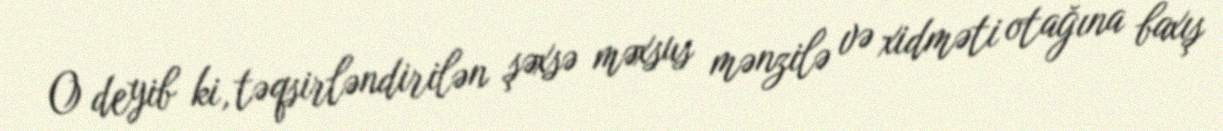
O deyib ki, təqsirləndirilən şəxsə məxsus mənzilə və xidməti otağına baxış